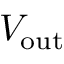
V _ { \mathrm { o u t } }